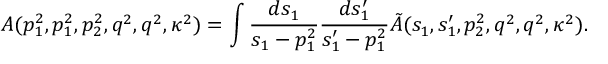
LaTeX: A ( p _ { 1 } ^ { 2 } , p _ { 1 } ^ { 2 } , p _ { 2 } ^ { 2 } , q ^ { 2 } , q ^ { 2 } , \kappa ^ { 2 } ) = \int \frac { d s _ { 1 } } { s _ { 1 } - p _ { 1 } ^ { 2 } } \frac { d s _ { 1 } ^ { \prime } } { s _ { 1 } ^ { \prime } - p _ { 1 } ^ { 2 } } \tilde { A } ( s _ { 1 } , s _ { 1 } ^ { \prime } , p _ { 2 } ^ { 2 } , q ^ { 2 } , q ^ { 2 } , \kappa ^ { 2 } ) .